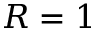
R = 1